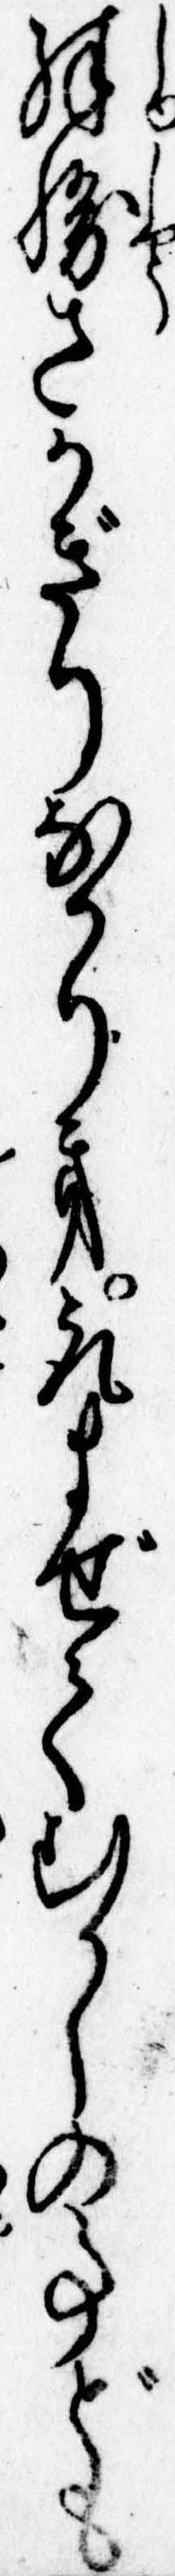
殊勝さかぎりなかりき取まぜてむかしの事ども